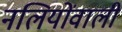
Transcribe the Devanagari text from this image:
नलियोंवाली